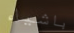
باشياء